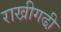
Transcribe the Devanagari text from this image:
राखीगढी़